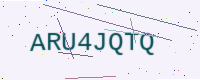
Text: ARU4JQTQ